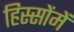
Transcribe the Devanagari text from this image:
हिस्सोंमें